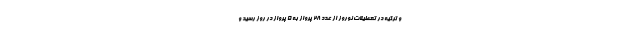
و ترکیه در تعطیلات نوروز از عدد ۲۸ پرواز به ۵ پرواز در روز رسید و